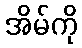
အိမ်ကို